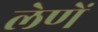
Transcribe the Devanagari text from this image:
लेणें